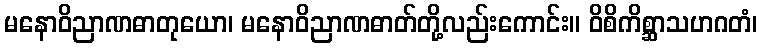
မနောဝိညာဏဓာတုယော၊ မနောဝိညာဏဓာတ်တို့လည်းကောင်း။ ဝိစိကိစ္ဆာသဟဂတံ၊